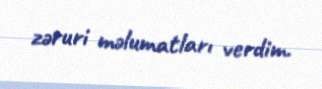
zəruri məlumatları verdim.